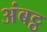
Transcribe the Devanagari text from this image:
अंबट्ठ